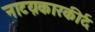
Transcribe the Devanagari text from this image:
नाटय़कारकीर्द